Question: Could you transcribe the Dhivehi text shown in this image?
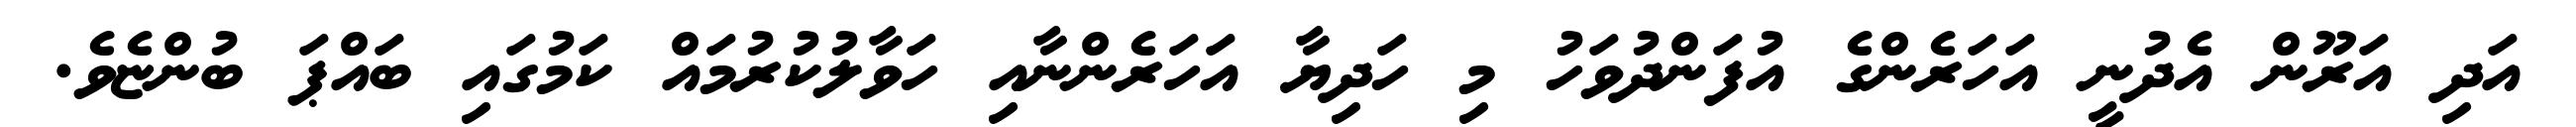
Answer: އަދި އަރޫން އެދުނީ އަހަރެންގެ އުފަންދުވަހު މި ހަދިޔާ އަހަރެންނާއި ހަވާލުކުރުމައް ކަމުގައި ބައްޕަ ބުންޏެވެ.